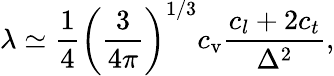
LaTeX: \lambda\simeq\frac{1}{4}\left(\frac{3}{4\pi}\right)^{1/3}c_{\mathrm{v}}\frac{c_{l}+2c_{t}}{\Delta^{2}},